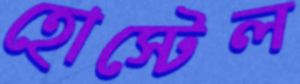
হোস্টেল